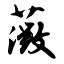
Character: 薇